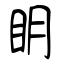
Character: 眀